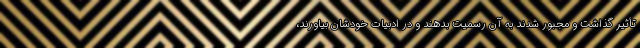
تأثیر گذاشت و مجبور شدند به آن رسمیت بدهند و در ادبیات خودشان بیاورند،